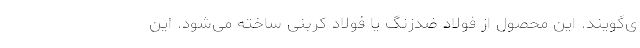
ی‌گویند. این محصول از فولاد ضدزنگ یا فولاد کربنی ساخته می‌شود. این